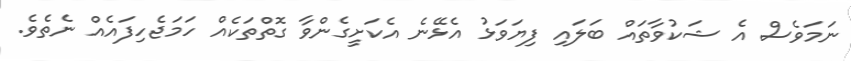
ނަމަވެސް އެ ޝަކުވާތައް ބަލައި ފިޔަވަޅު އެޅޭނެ އެކަށީގެންވާ ގޮތްތަކެއް ހަމަޖެހިފައެއް ނެތެވެ.